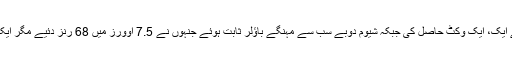
دیپک چھاہر اور محمد شامی نے ایک، ایک وکٹ حاصل کی جبکہ شیوم دوبے سب سے مہنگے باﺅلر ثابت ہوئے جنہوں نے 7.5 اوورز میں 68 رنز دئیے مگر ایک بھی وکٹ حاصل نہ کر سکے۔